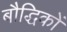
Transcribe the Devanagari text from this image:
बौद्धिकों